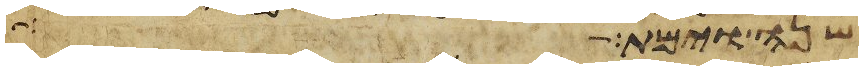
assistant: שנה וימת תרח